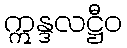
ဣန္ဒလဋ္ဌီဝ